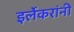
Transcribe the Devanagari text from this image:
इर्लेकरांनी